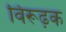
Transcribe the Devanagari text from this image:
विरूढ़क